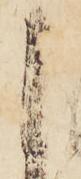
申